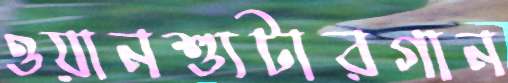
ওয়ানশ্যুটারগান